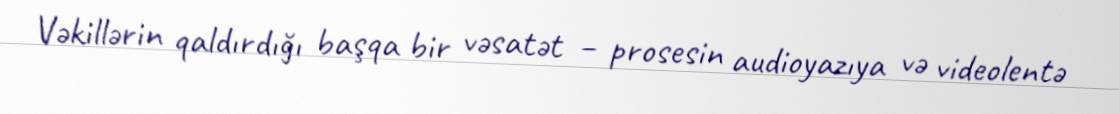
Vəkillərin qaldırdığı başqa bir vəsatət – prosesin audioyazıya və videolentə